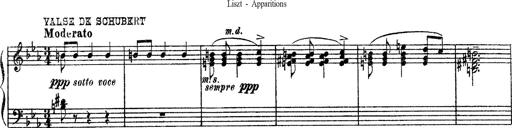
Title: Apparitions
Composer: Franz Liszt